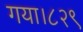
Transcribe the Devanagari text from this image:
गया।८२९